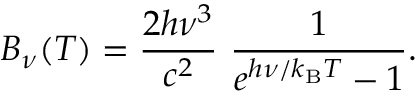
B _ { \nu } ( T ) = { \frac { 2 h \nu ^ { 3 } } { c ^ { 2 } } } ~ { \frac { 1 } { e ^ { h \nu / k _ { \mathrm { B } } T } - 1 } } .